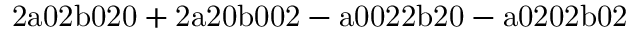
\mathrm { 2 a 0 2 b 0 2 0 + 2 a 2 0 b 0 0 2 - a 0 0 2 2 b 2 0 - a 0 2 0 2 b 0 2 }